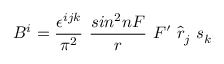
B ^ { i } = \frac { \epsilon ^ { i j k } } { \pi ^ { 2 } } ~ \frac { s i n ^ { 2 } n F } { r } ~ F ^ { \prime } ~ { \hat { r } } _ { j } ~ s _ { k }